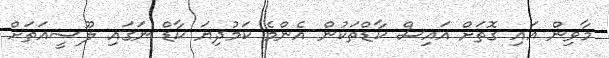
މާވިން އައި ގޮތަށް އައިސް ކާޑްތަކުން އެންމެ ކަމުދިޔަ ކާޑް ނަގައި ލޫސީއަތަށް